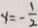
y = - \frac { 1 } { 2 }